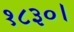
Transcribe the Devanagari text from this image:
१८३०।